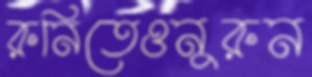
রুনিতেওনুরুন